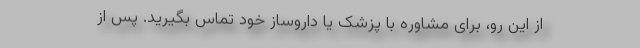
از این رو، برای مشاوره با پزشک یا داروساز خود تماس بگیرید. پس از